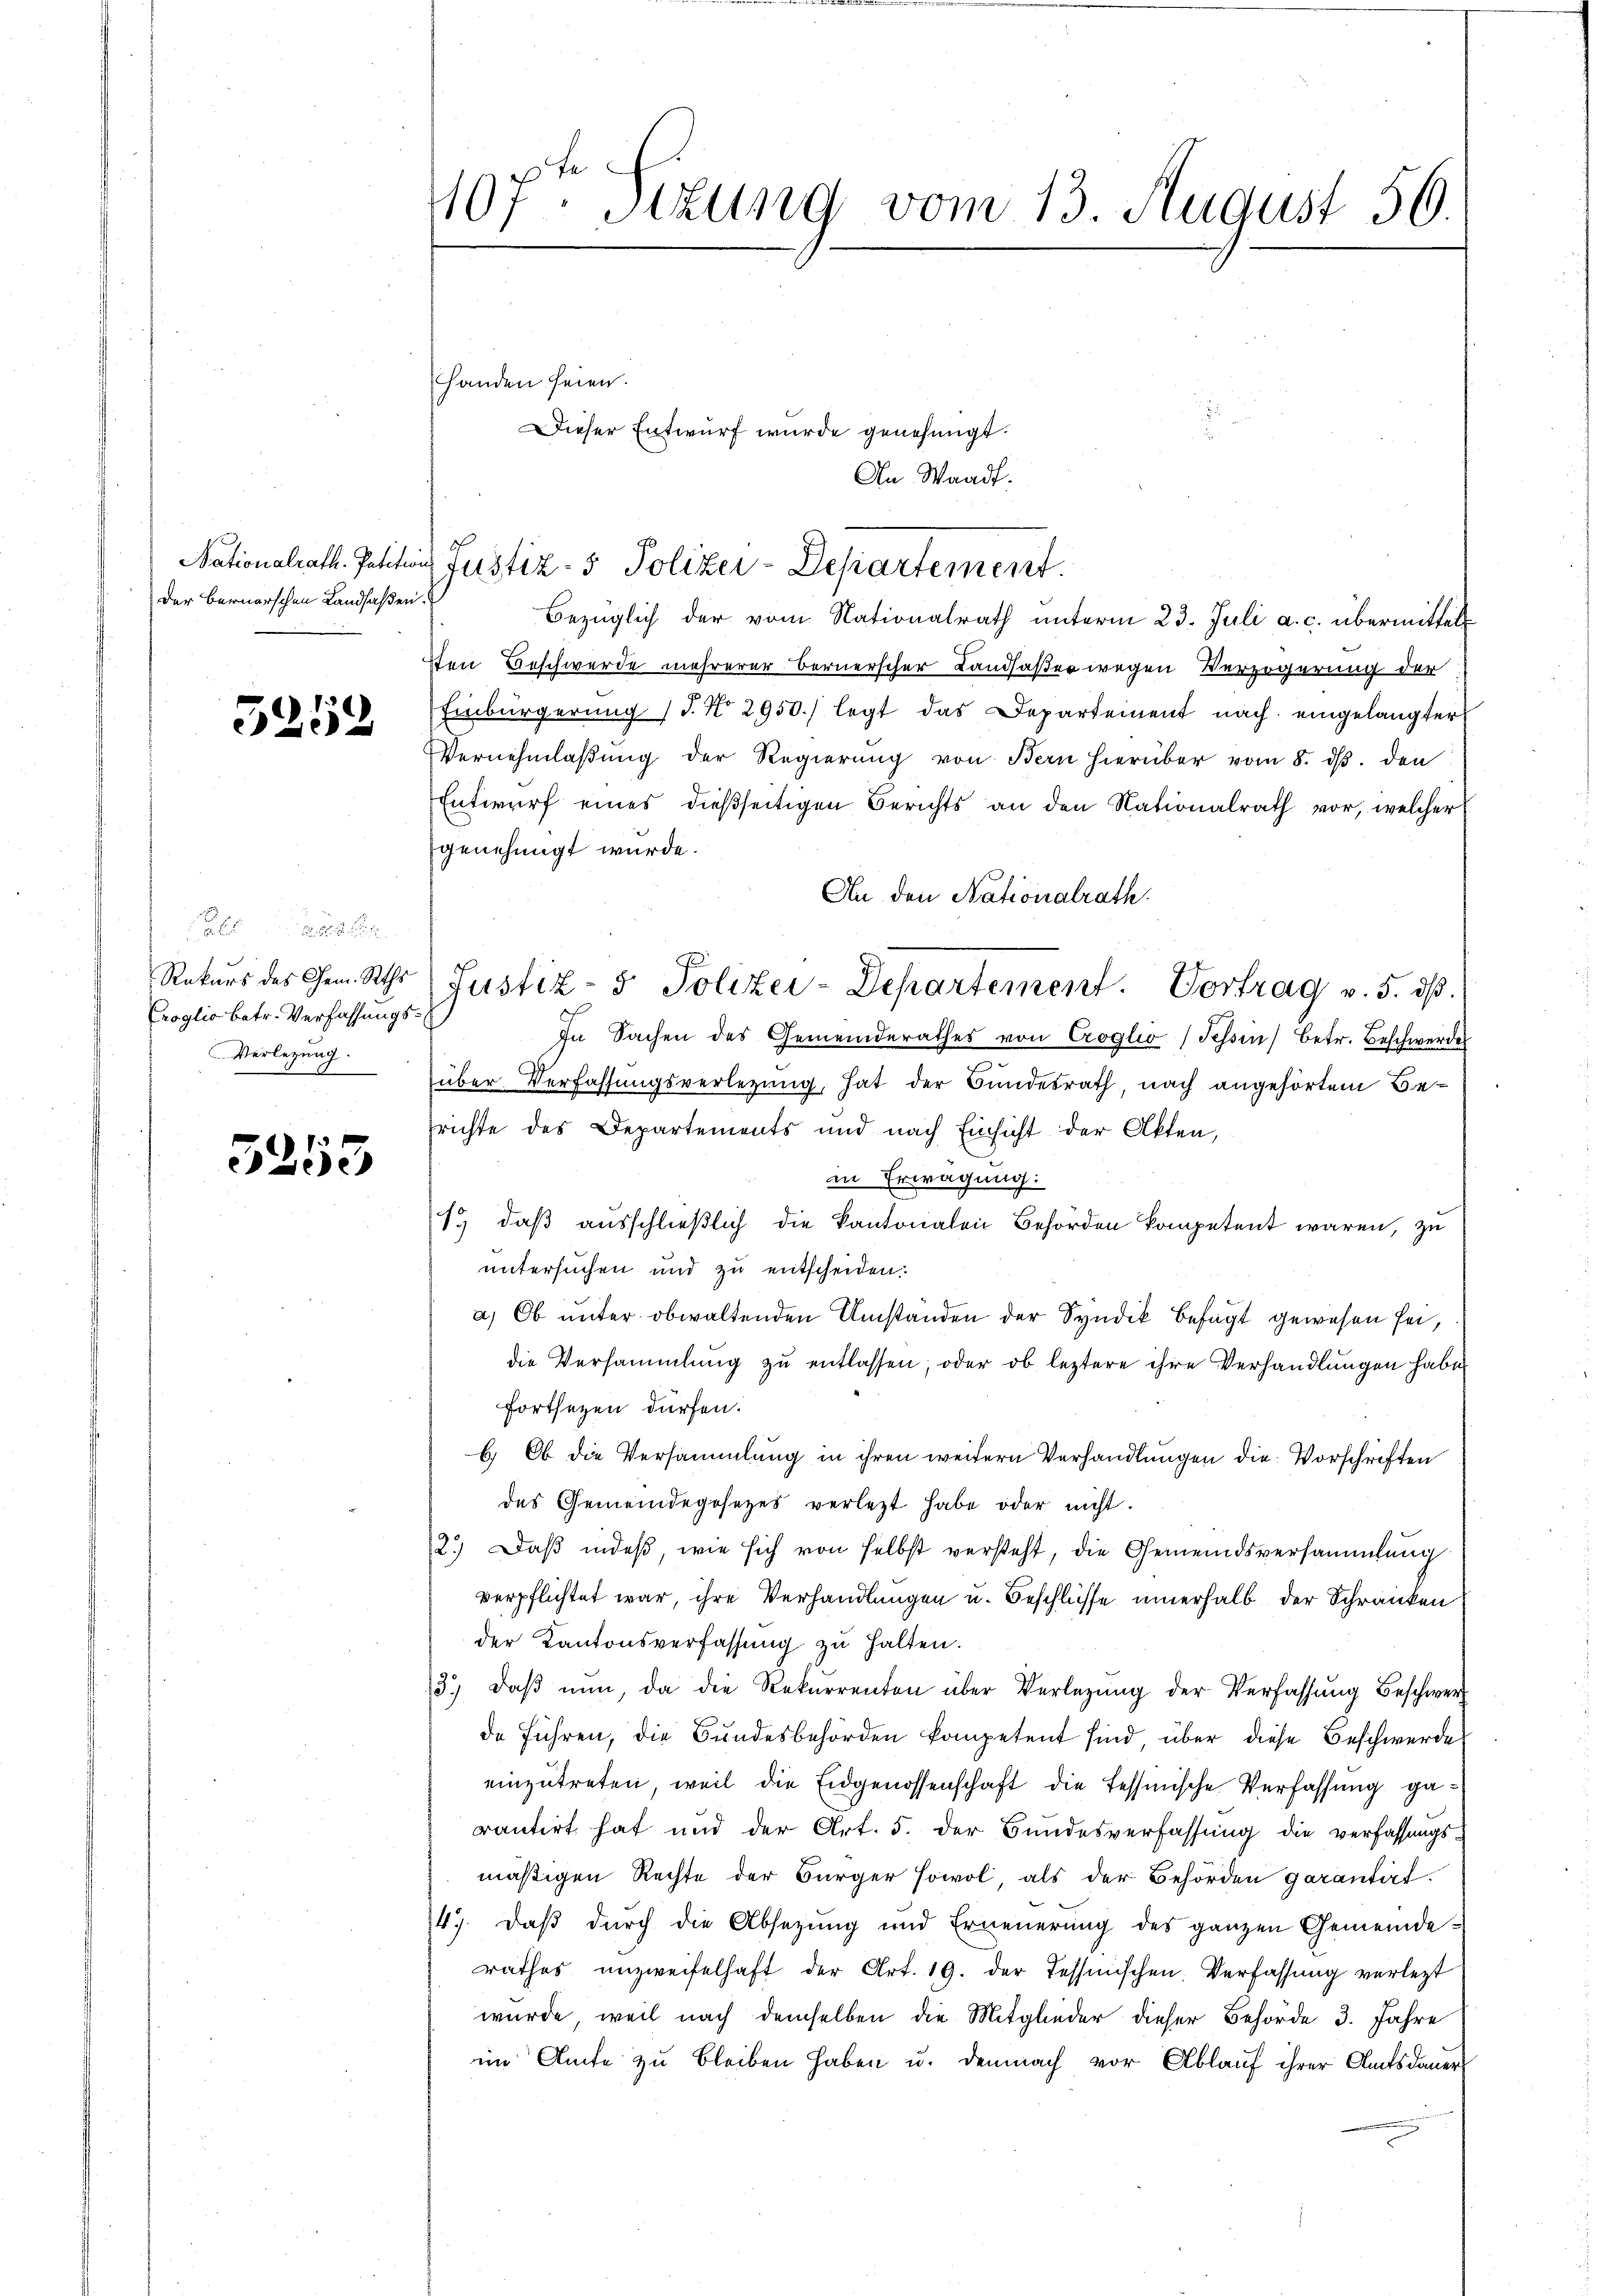
Der Bernerschen Landsaßen.

5259

Rekurs des Chem. Raths
Croglio betr. Verfassungs¬
Verlegung.

3255

407. Sekung vom 13. August 56.

Dieser Entwurf wurde genehmigt.
An Waadt.

handen seien.

Nationalrath. Petition Justiz- & Polizei-Departement.

Bezüglich der vom Nationalrath unterm 23. Juli a. c. übermittelt
hen Beschwerde mehrerer Bernerscher Landaßer wegen Verzögerung der
Einbürgerung (T. No. 2950.) legt das Departement nach eingelangter
Vernehmlaβŭng der Regierŭng von Bern hierüber vom 8. dβ. den
Entwurf eines dießseitigen Berichts an den Nationalrath vor, welcher
genehmigt wurde.
An den Nationalrath
In Sachen des Gemeinderathes von Croglio (Tessin betr. Beschwerde
über Verfassungsverlegung, hat der Bundesrath, nach angehörtem Besrichte des Departements und nach Einsicht der Akten,
in Erwägung:
1) daß ausschließlich die Kantonalen Behörden kompetent waren, zu
untersuchen und zu entscheiden:
a) Ob unter obwaltenden Umstanden der Syndik befugt gewesen sei,
die Versammlung zu entlassen, oder ob leztere ihre Verhandlungen habe
fortsetzen dürfen.
b.) Ob die Versammlung in ihren weitern Verhandlungen die Vorschriften
des Gemeindegesezes verletzt habe oder nicht.
2.) Daß indeß, wie sich von selbst versteht, die Gemeindsversammlung
verpflichtet war, ihre Verhandlungen u. Beschlüsse innerhalb der Schranken
der Kantonsverfassung zu halten.
3.) daβ nŭn, da die Rekurrenten über Verlegung der Verfassung Beschwerz
de Führen, die Bundesbehörden kompetent sind über diese Beschwerde
einzutreten, weil die Eidgenossenschaft die Tessinische Verfassung garantirt hat und der Art. 5. der Bundesverfassung die verfassungs-
mäßigen Rechte der Bürger sowol, als der Behörden garantirt.
49. Daß durch die Absetzung und Erneuerung des ganzen Gemeinderathes unzweifelhaft der Art. 19. der Tessinischen. Verfassung verletzt
wurde, weil nach demselben die Mitglieder dieser Behörde 3. Jahre
ein Amte zu bleiben haben u. demnach vor Ablauf ihrer Amtsdauer

Justiz- & Polizei-Departement. Vortrag v. 5. dβ.